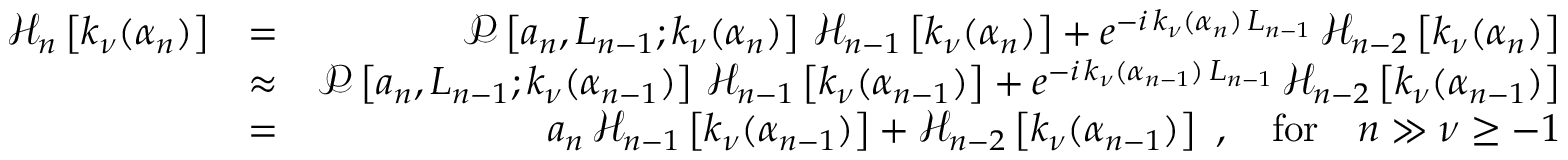
\begin{array} { r l r } { \mathcal { H } _ { n } \left[ k _ { \nu } ( \alpha _ { n } ) \right] } & { = } & { \mathcal { P } \left[ a _ { n } , L _ { n - 1 } ; k _ { \nu } ( \alpha _ { n } ) \right] \, \mathcal { H } _ { n - 1 } \left[ k _ { \nu } ( \alpha _ { n } ) \right] + e ^ { - i \, k _ { \nu } ( \alpha _ { n } ) \, L _ { n - 1 } } \, \mathcal { H } _ { n - 2 } \left[ k _ { \nu } ( \alpha _ { n } ) \right] } \\ & { \approx } & { \mathcal { P } \left[ a _ { n } , L _ { n - 1 } ; k _ { \nu } ( \alpha _ { n - 1 } ) \right] \, \mathcal { H } _ { n - 1 } \left[ k _ { \nu } ( \alpha _ { n - 1 } ) \right] + e ^ { - i \, k _ { \nu } ( \alpha _ { n - 1 } ) \, L _ { n - 1 } } \, \mathcal { H } _ { n - 2 } \left[ k _ { \nu } ( \alpha _ { n - 1 } ) \right] } \\ & { = } & { a _ { n } \, \mathcal { H } _ { n - 1 } \left[ k _ { \nu } ( \alpha _ { n - 1 } ) \right] + \mathcal { H } _ { n - 2 } \left[ k _ { \nu } ( \alpha _ { n - 1 } ) \right] \ , \quad \mathrm { f o r } \quad n \gg \nu \geq - 1 } \end{array}